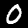
Digit: 0